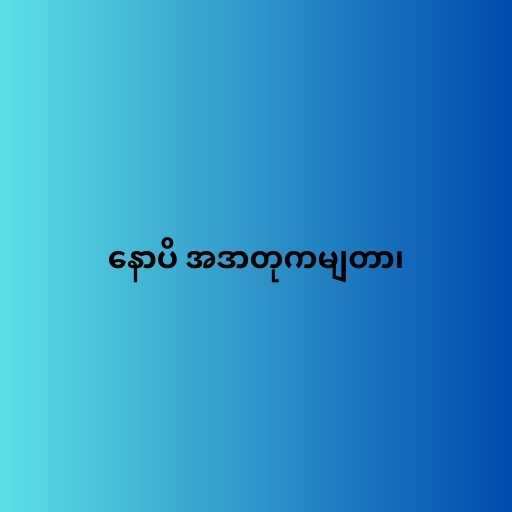
နောပိ အဒာတုကမျတာ၊